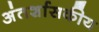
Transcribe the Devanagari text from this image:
अंतर्शासकीय